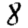
Digit: 8